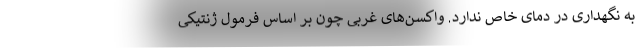
به نگهداری در دمای خاص ندارد. واکسن‌های غربی چون بر اساس فرمول ژنتیکی